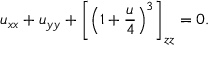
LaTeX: u _ { x x } + u _ { y y } + \left[ \left( 1 + { \frac { u } { 4 } } \right) ^ { 3 } \right] _ { z z } = 0 .